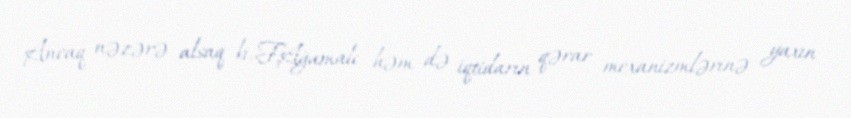
Ancaq nəzərə alsaq ki, F.Ağamalı həm də iqtidarın qərar mexanizmlərinə yaxın